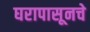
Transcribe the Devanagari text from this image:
घरापासूनचे